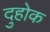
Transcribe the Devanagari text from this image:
दुहोक